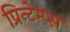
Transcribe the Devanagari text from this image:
प्रिन्टेम्प्स